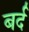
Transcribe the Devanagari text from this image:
बर्द